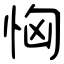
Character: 恟